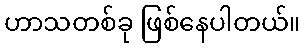
ဟာသတစ်ခု ဖြစ်နေပါတယ်။